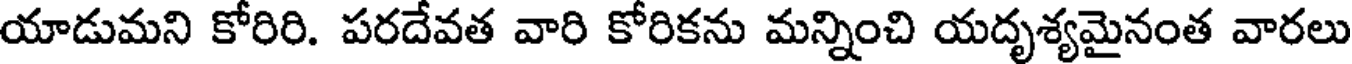
యాడుమని కోరిరి. పరదేవత వారి కోరికను మన్నించి యదృశ్యమైనంత వారలు